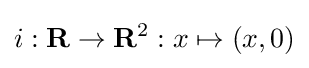
i:\mathbf {R} \to \mathbf {R} ^{2}:x\mapsto (x,0)